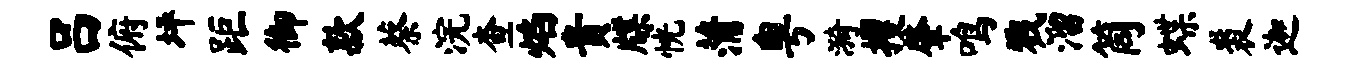
吕俯坪距御款蔡浣查焰贵牒恍蒲粤漪攫肇鸣戮溜筒蝶裘迦